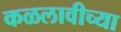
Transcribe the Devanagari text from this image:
कळलावीच्या